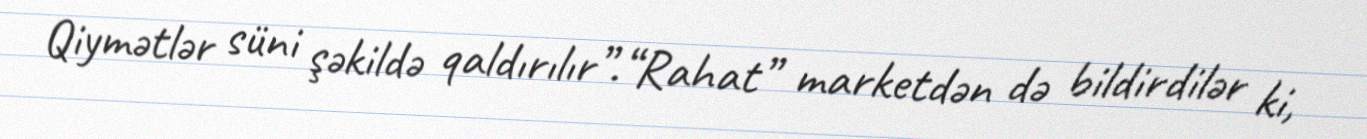
Qiymətlər süni şəkildə qaldırılır”.“Rahat” marketdən də bildirdilər ki,